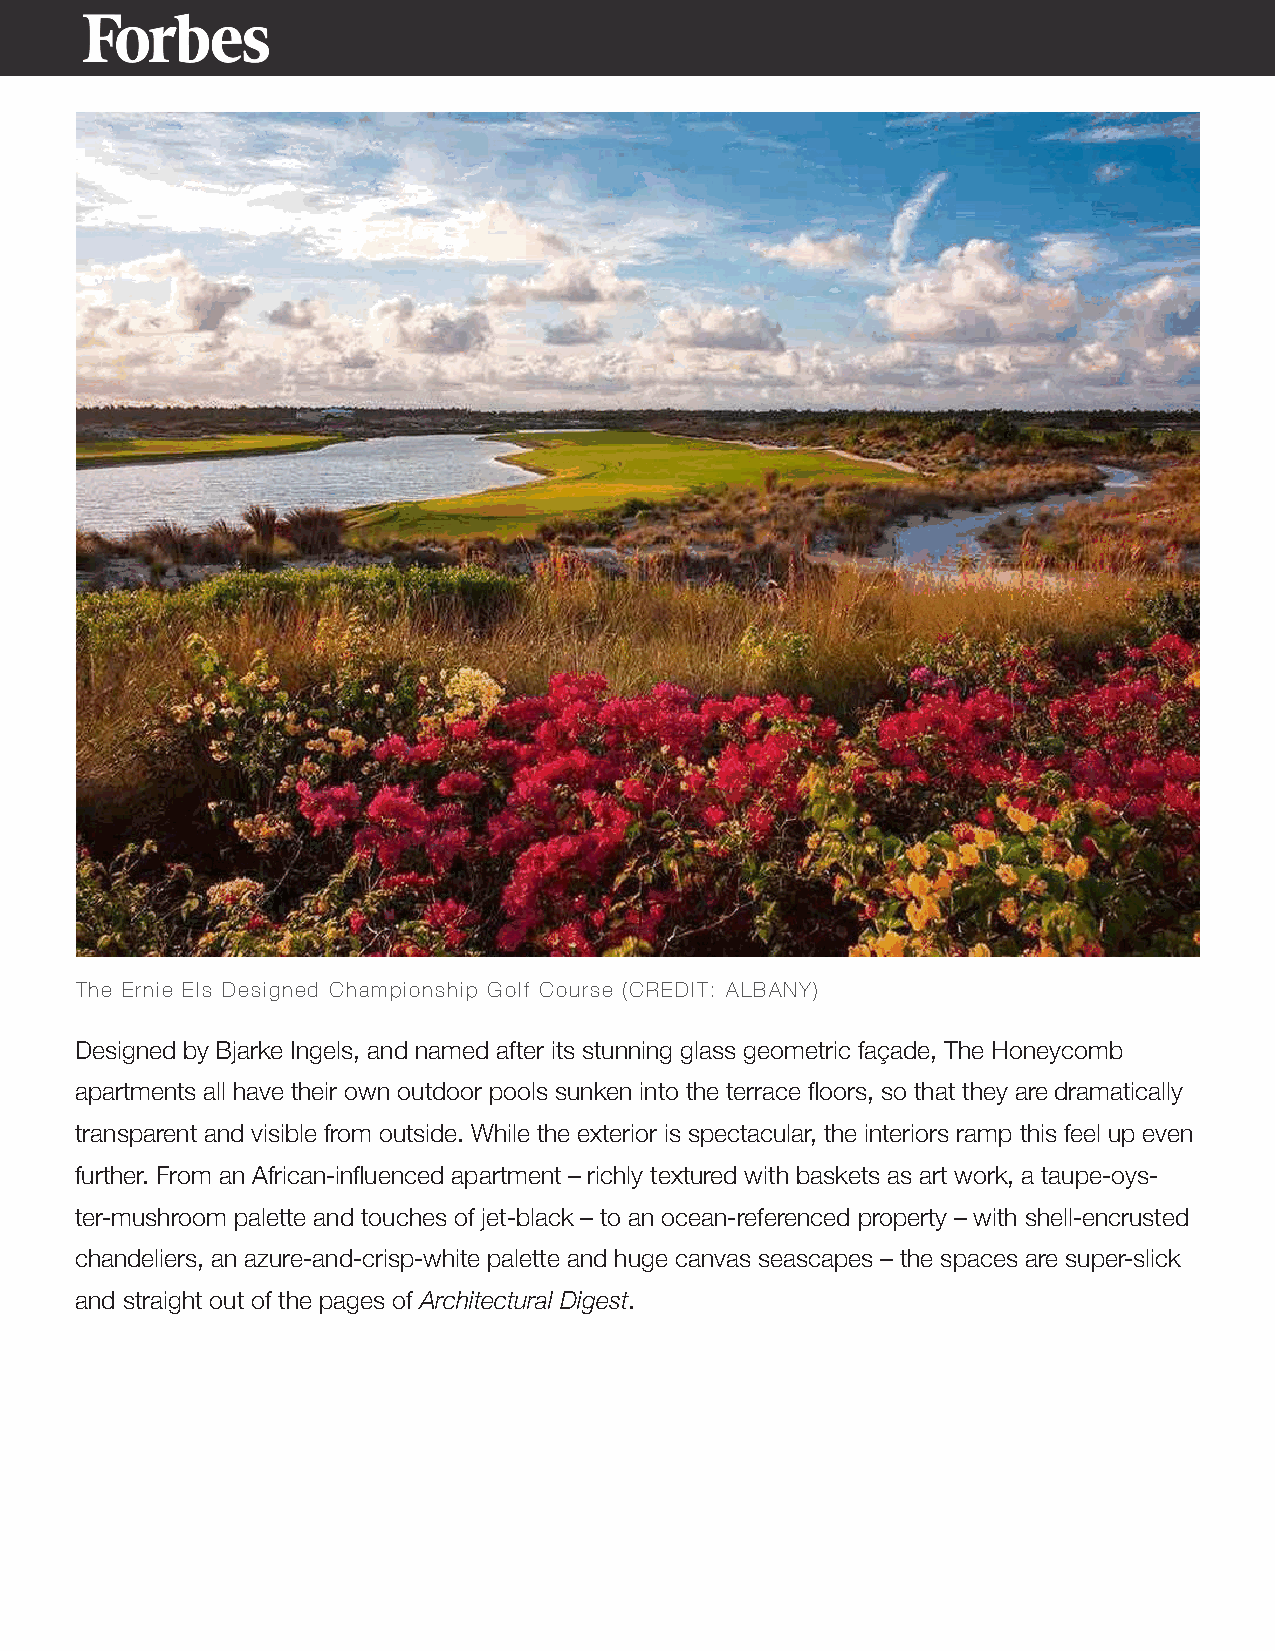
The Ernie Els Designed Championship Golf Course (CREDIT: ALBANY)
 Designed by Bjarke Ingels, and named after its stunning glass geometric façade, The Honeycomb
 apartments all have their own outdoor pools sunken into the terrace floors, so that they are dramatically
 transparent and visible from outside. While the exterior is spectacular, the interiors ramp this feel up even
 further. From an African-influenced apartment – richly textured with baskets as art work, a taupe-oys-
 ter-mushroom palette and touches of jet-black – to an ocean-referenced property – with shell-encrusted
 chandeliers, an azure-and-crisp-white palette and huge canvas seascapes – the spaces are super-slick
 and straight out of the pages of Architectural Digest.